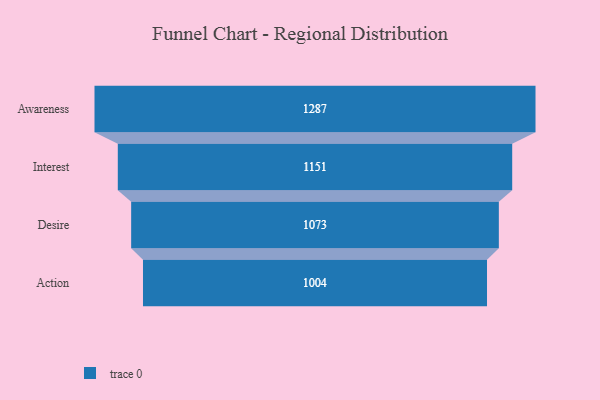
{"axis": {"x": "Stage", "y": "Value"}, "legend": [""], "data": [{"x": "Awareness", "y": 1287.0, "type": ""}, {"x": "Interest", "y": 1151.0, "type": ""}, {"x": "Desire", "y": 1073.0, "type": ""}, {"x": "Action", "y": 1004.0, "type": ""}]}